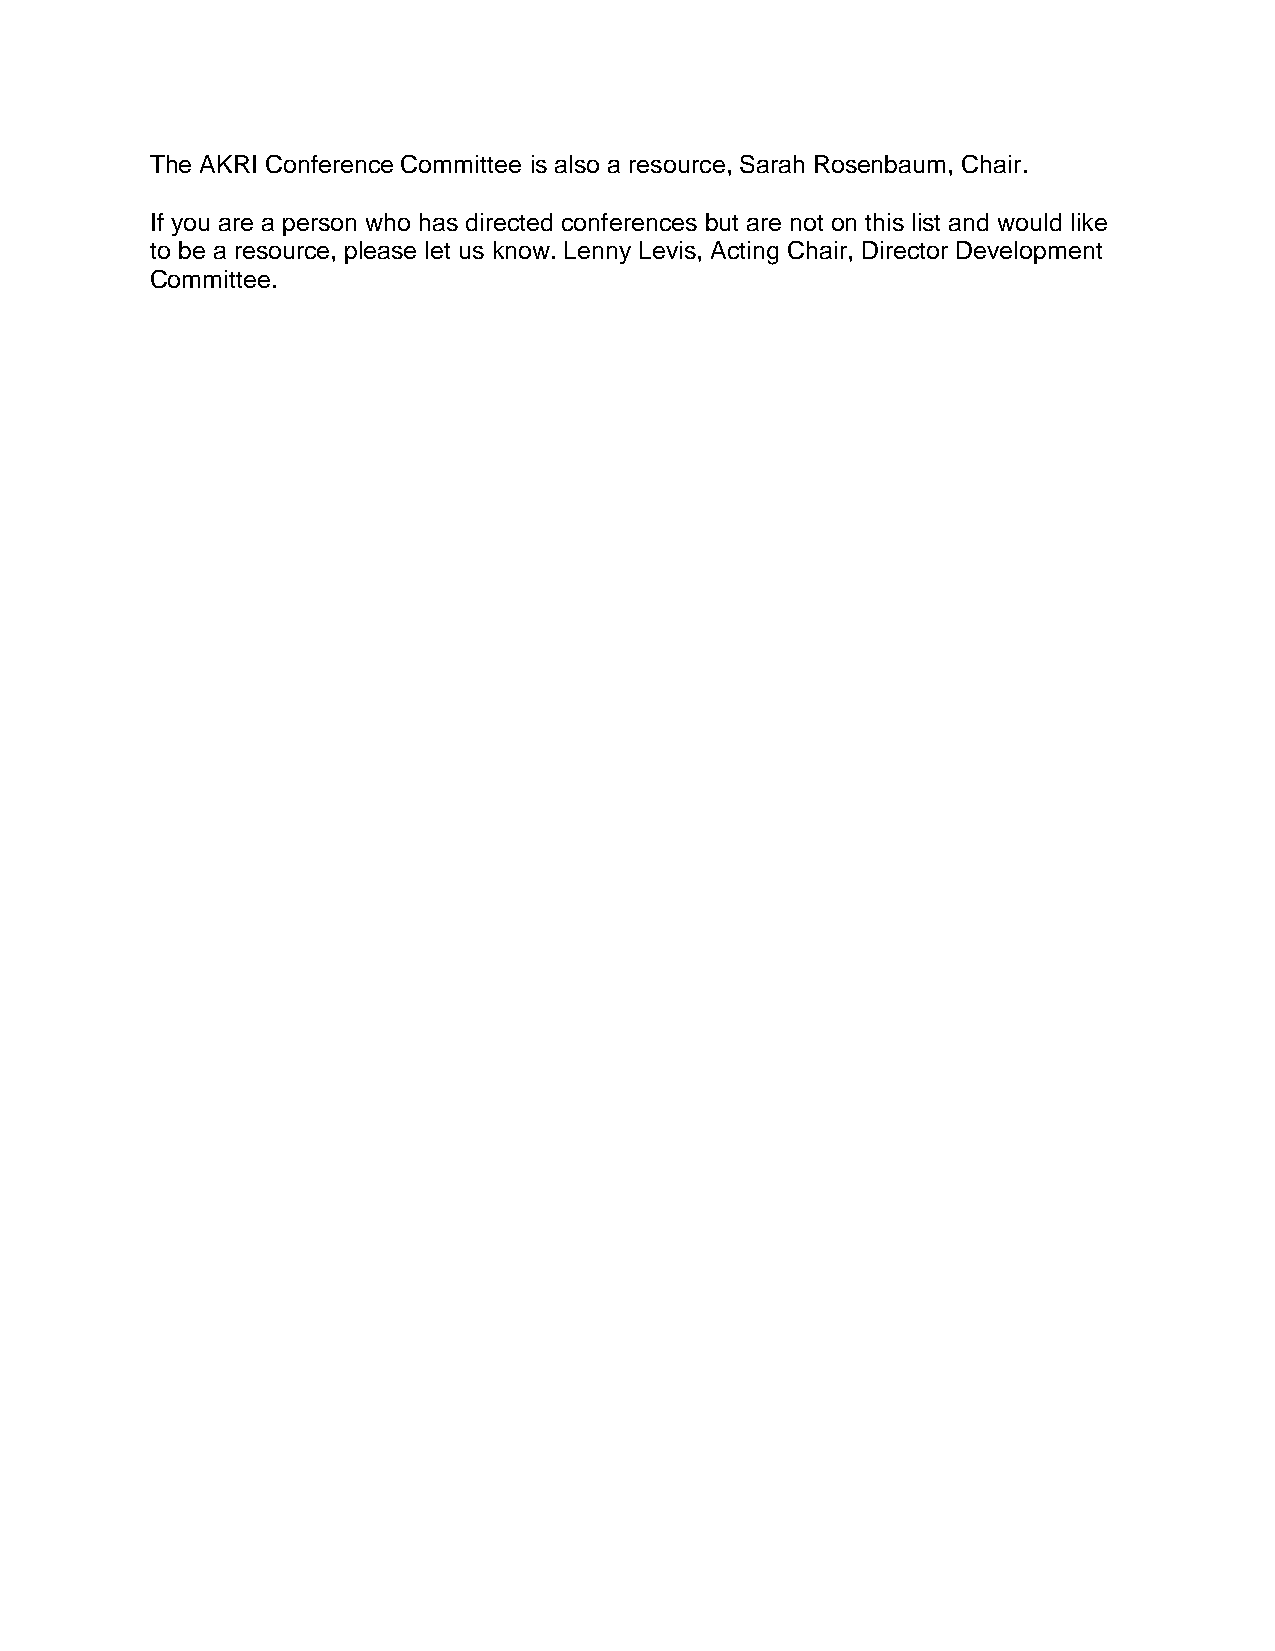
The AKRI Conference Committee is also a resource, Sarah Rosenbaum, Chair.
 If you are a person who has directed conferences but are not on this list and would like
 to be a resource, please let us know. Lenny Levis, Acting Chair, Director Development
 Committee.